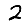
Digit: 2